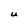
Character: U